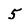
Character: 5